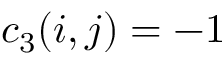
c _ { 3 } ( i , j ) = - 1